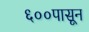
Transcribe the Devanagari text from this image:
६००पासून